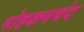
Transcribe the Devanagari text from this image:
मोहकमचंद